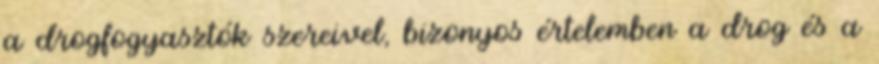
a drogfogyasztók szereivel, bizonyos értelemben a drog és a